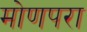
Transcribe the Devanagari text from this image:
मोणपरा